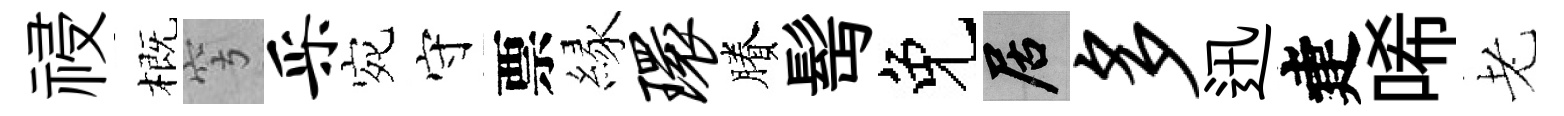
祲概穹采宛守票縁环賸髩免居多迅建唏老